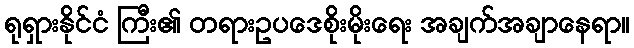
ရုရှားနိုင်ငံ ကြီး၏ တရားဥပဒေစိုးမိုးရေး အချက်အချာနေရာ။